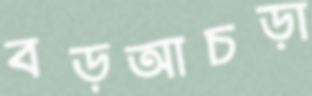
বড়আচড়া